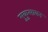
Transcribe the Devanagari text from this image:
मुकुलायन